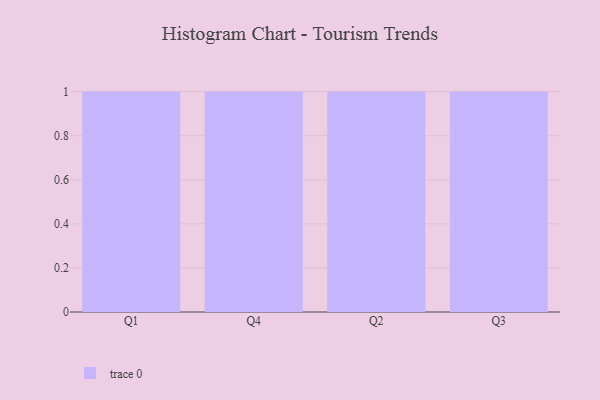
{"axis": {"x": "Quarter", "y": "Revenue (USD Million)"}, "legend": [""], "data": [{"x": "Q1", "y": 36, "type": ""}, {"x": "Q4", "y": 30, "type": ""}, {"x": "Q2", "y": 15, "type": ""}, {"x": "Q3", "y": 30, "type": ""}]}